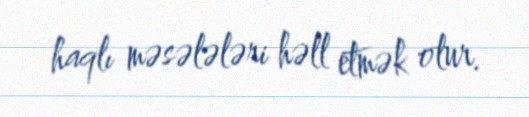
haqlı məsələləri həll etmək olur.